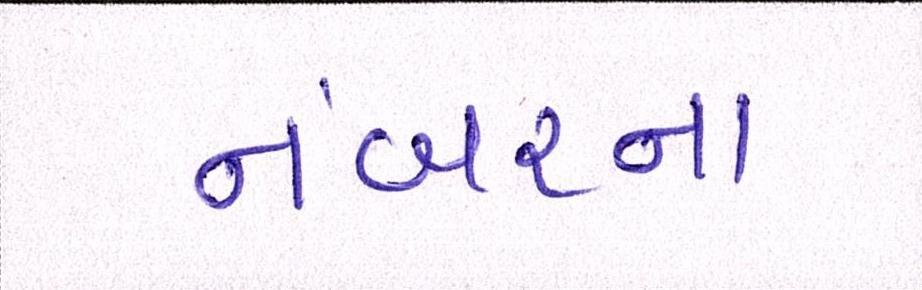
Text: નંબરના